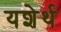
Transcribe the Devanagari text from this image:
यशेर्थ